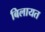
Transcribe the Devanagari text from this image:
बिलायत